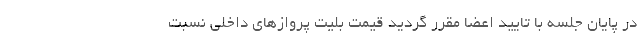
در پایان جلسه با تایید اعضا مقرر گردید قیمت بلیت پروازهای داخلی نسبت